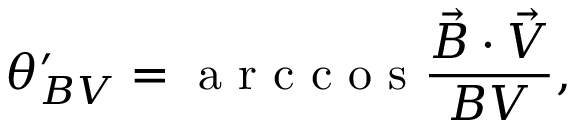
\theta _ { B V } ^ { \prime } = \mathrm { ~ a ~ r ~ c ~ c ~ o ~ s ~ } \frac { \vec { B } \cdot \vec { V } } { B V } ,